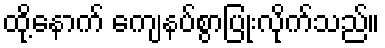
ထို့နောက် ကျေနပ်စွာပြုံးလိုက်သည်။